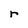
Character: r